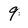
Character: 9